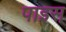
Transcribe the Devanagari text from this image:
पाइस्